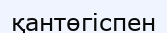
қантөгіспен